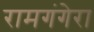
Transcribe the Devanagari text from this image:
रामगंगेरा